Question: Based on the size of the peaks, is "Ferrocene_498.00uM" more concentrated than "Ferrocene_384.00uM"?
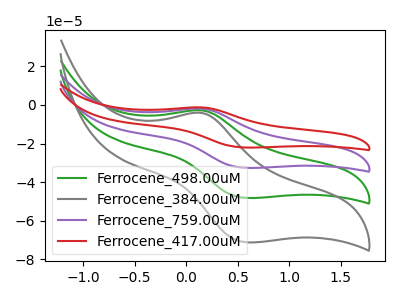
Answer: <think>The green curve "Ferrocene_498.00uM" has an anodic peak at (0.15V, -2.80uA) and a cathodic peak at (0.60V, -48.20uA). The gray curve "Ferrocene_384.00uM" has an anodic peak at (0.15V, -4.15uA) and a cathodic peak at (0.60V, -71.20uA). The purple curve "Ferrocene_759.00uM" has an anodic peak at (0.15V, -5.65uA) and a cathodic peak at (0.60V, -96.40uA). The red curve "Ferrocene_417.00uM" has an anodic peak at (0.15V, -8.45uA) and a cathodic peak at (0.60V, -144.55uA).
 All the peaks in "Ferrocene_384.00uM" have a peak in "Ferrocene_498.00uM" at the same potential.</think>
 <answer>I cant tell if "Ferrocene_384.00uM" or "Ferrocene_498.00uM" has higher concentration.</answer>
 <eval>mixed_concentration</eval>